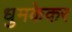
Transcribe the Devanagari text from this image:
धुमकेकर